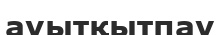
ауытқытпау